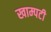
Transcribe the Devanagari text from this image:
खाम्पटी